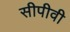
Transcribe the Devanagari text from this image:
सीपीवी